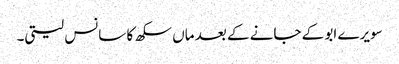
سویرے ابو کے جانے کے بعد ماں سکھ کا سانس لیتی۔